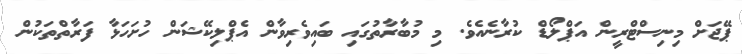
ޕޭޖަށް މިނިސްޓްރީން އަޕްލޯޑް ކުރާނެއެވެ. މި މުބާރާތުގައި ބައިވެރިވާން އެޕްލިކޭޝަން ހުށަހަޅާ ފަރާތްތަކުން